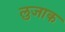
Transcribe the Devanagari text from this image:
लुजाक